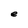
Character: e